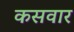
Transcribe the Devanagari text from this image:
कसवार